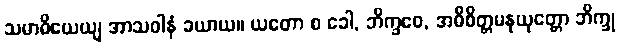
သမာဓိယေယျ အာသဝါနံ ခယာယ။ ယတော စ ခေါ, ဘိက္ခဝေ, အဓိစိတ္တမနုယုတ္တော ဘိက္ခု